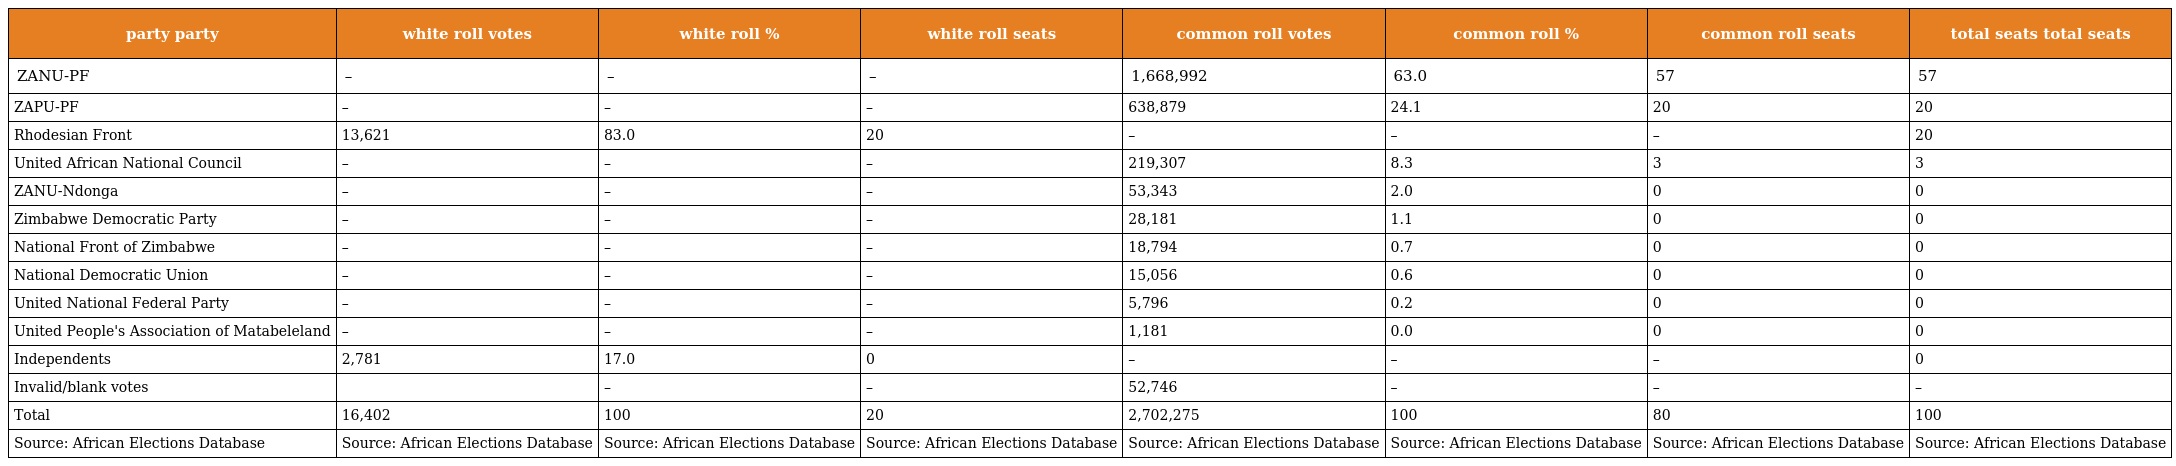
| party party | white roll votes | white roll % | white roll seats | common roll votes | common roll % | common roll seats | total seats total seats |
 | --- | --- | --- | --- | --- | --- | --- | --- |
 | ZANU-PF | – | – | – | 1,668,992 | 63.0 | 57 | 57 |
 | ZAPU-PF | – | – | – | 638,879 | 24.1 | 20 | 20 |
 | Rhodesian Front | 13,621 | 83.0 | 20 | – | – | – | 20 |
 | United African National Council | – | – | – | 219,307 | 8.3 | 3 | 3 |
 | ZANU-Ndonga | – | – | – | 53,343 | 2.0 | 0 | 0 |
 | Zimbabwe Democratic Party | – | – | – | 28,181 | 1.1 | 0 | 0 |
 | National Front of Zimbabwe | – | – | – | 18,794 | 0.7 | 0 | 0 |
 | National Democratic Union | – | – | – | 15,056 | 0.6 | 0 | 0 |
 | United National Federal Party | – | – | – | 5,796 | 0.2 | 0 | 0 |
 | United People's Association of Matabeleland | – | – | – | 1,181 | 0.0 | 0 | 0 |
 | Independents | 2,781 | 17.0 | 0 | – | – | – | 0 |
 | Invalid/blank votes |  | – | – | 52,746 | – | – | – |
 | Total | 16,402 | 100 | 20 | 2,702,275 | 100 | 80 | 100 |
 | Source: African Elections Database | Source: African Elections Database | Source: African Elections Database | Source: African Elections Database | Source: African Elections Database | Source: African Elections Database | Source: African Elections Database | Source: African Elections Database |